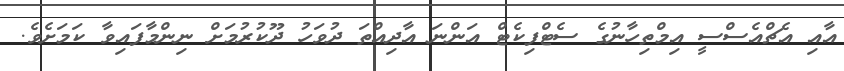
އާއި އެޗްއެސްސީ އިމްތިހާނުގެ ސެޓްފިކެޓް އަންނަ އާދިއްތަ ދުވަހު ދޫކުރުމަށް ނިންމާފައިވާ ކަމަށެވެ.